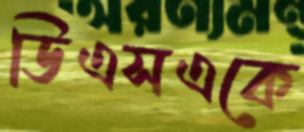
ডিএসএকে